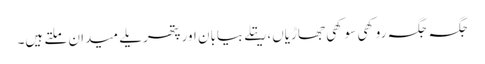
جگہ جگہ روکھی سوکھی جھاڑیاں،ریتلے بیابان اور پتھریلے میدان ملتے ہیں۔